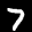
Digit: 7